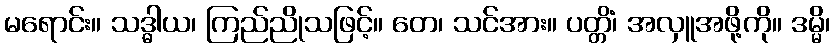
မရောင်း။ သဒ္ဓါယ၊ ကြည်ညိုသဖြင့်။ တေ၊ သင်အား။ ပတ္တိံ၊ အလှူအဖို့ကို။ ဒမ္မိ၊